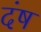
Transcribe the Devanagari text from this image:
दंष